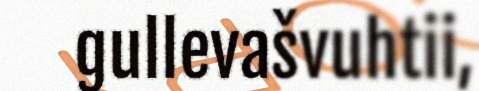
gullevašvuhtii,